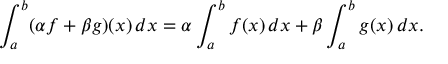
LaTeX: \int _ { a } ^ { b } ( \alpha f + \beta g ) ( x ) \, d x = \alpha \int _ { a } ^ { b } f ( x ) \, d x + \beta \int _ { a } ^ { b } g ( x ) \, d x .